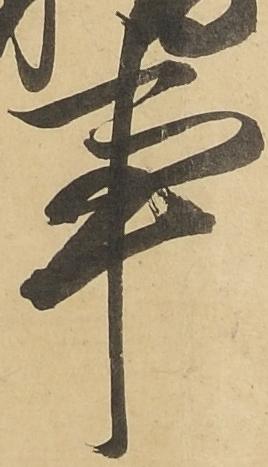
事